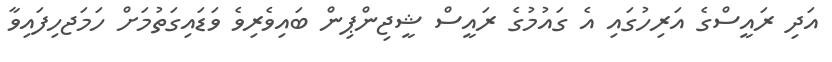
އަދި ރައީސްގެ އަރިހުގައި އެ ގައުމުގެ ރައީސް ޝީޖިންޕިން ބައިވެރިވެ ވަޑައިގަތުމަށް ހަމަޖހިފައިވާ